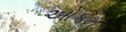
ઓકમ